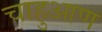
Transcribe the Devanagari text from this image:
चाहुआण